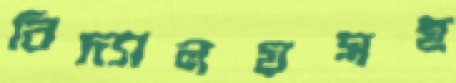
বিদ্যালয়সহ